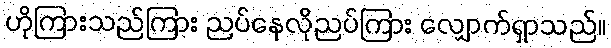
ဟိုကြားသည်ကြား ညပ်နေလိုညပ်ကြား လျှောက်ရှာသည်။